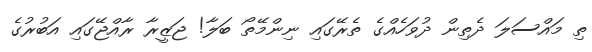
ތި މައްސަލަ ދެތިން ދުވަހެއްގެ ތެރޭގައި ނިންމޭތޯ ބަލާ! ޖަޒީރާ ރާއްޖޭގައި އަބުރުގެ